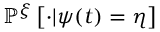
\mathbb { P } ^ { \xi } \left[ \cdot | \psi ( t ) = \eta \right]